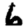
Digit: 6